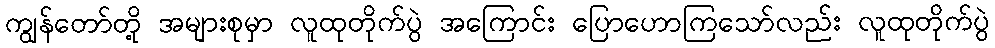
ကျွန်တော်တို့ အများစုမှာ လူထုတိုက်ပွဲ အကြောင်း ပြောဟောကြသော်လည်း လူထုတိုက်ပွဲ